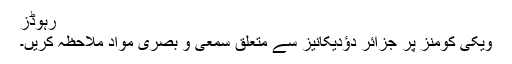
رہوڈز
ویکی کومنز پر جزائر دؤدیکانیز سے متعلق سمعی و بصری مواد ملاحظہ کریں۔